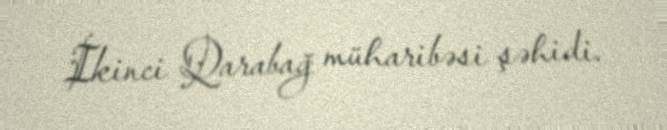
İkinci Qarabağ müharibəsi şəhidi.